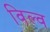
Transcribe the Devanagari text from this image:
विल्व